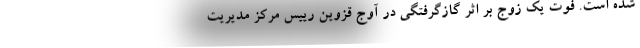
شده است. فوت یک زوج بر اثر گازگرفتگی در آوج قزوین رییس مرکز مدیریت